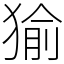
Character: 㺄